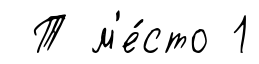
Т м'е́сто 1